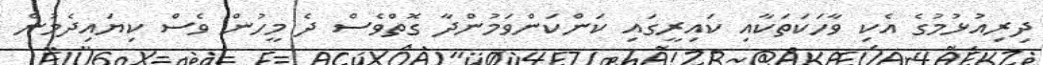
ދިރިއުޅުމުގެ އެކި ވާހަކަތަކާއި ކައިރީގައި ކަންކަންވަމުންދާ ގޮތްވެސް ދެ މީހުން ވެސް ކިޔައިދެމުން